18_100754_ General 1946-7_Vol_2
Agency: Department of War
Incident date: 12/30/47
Page 4
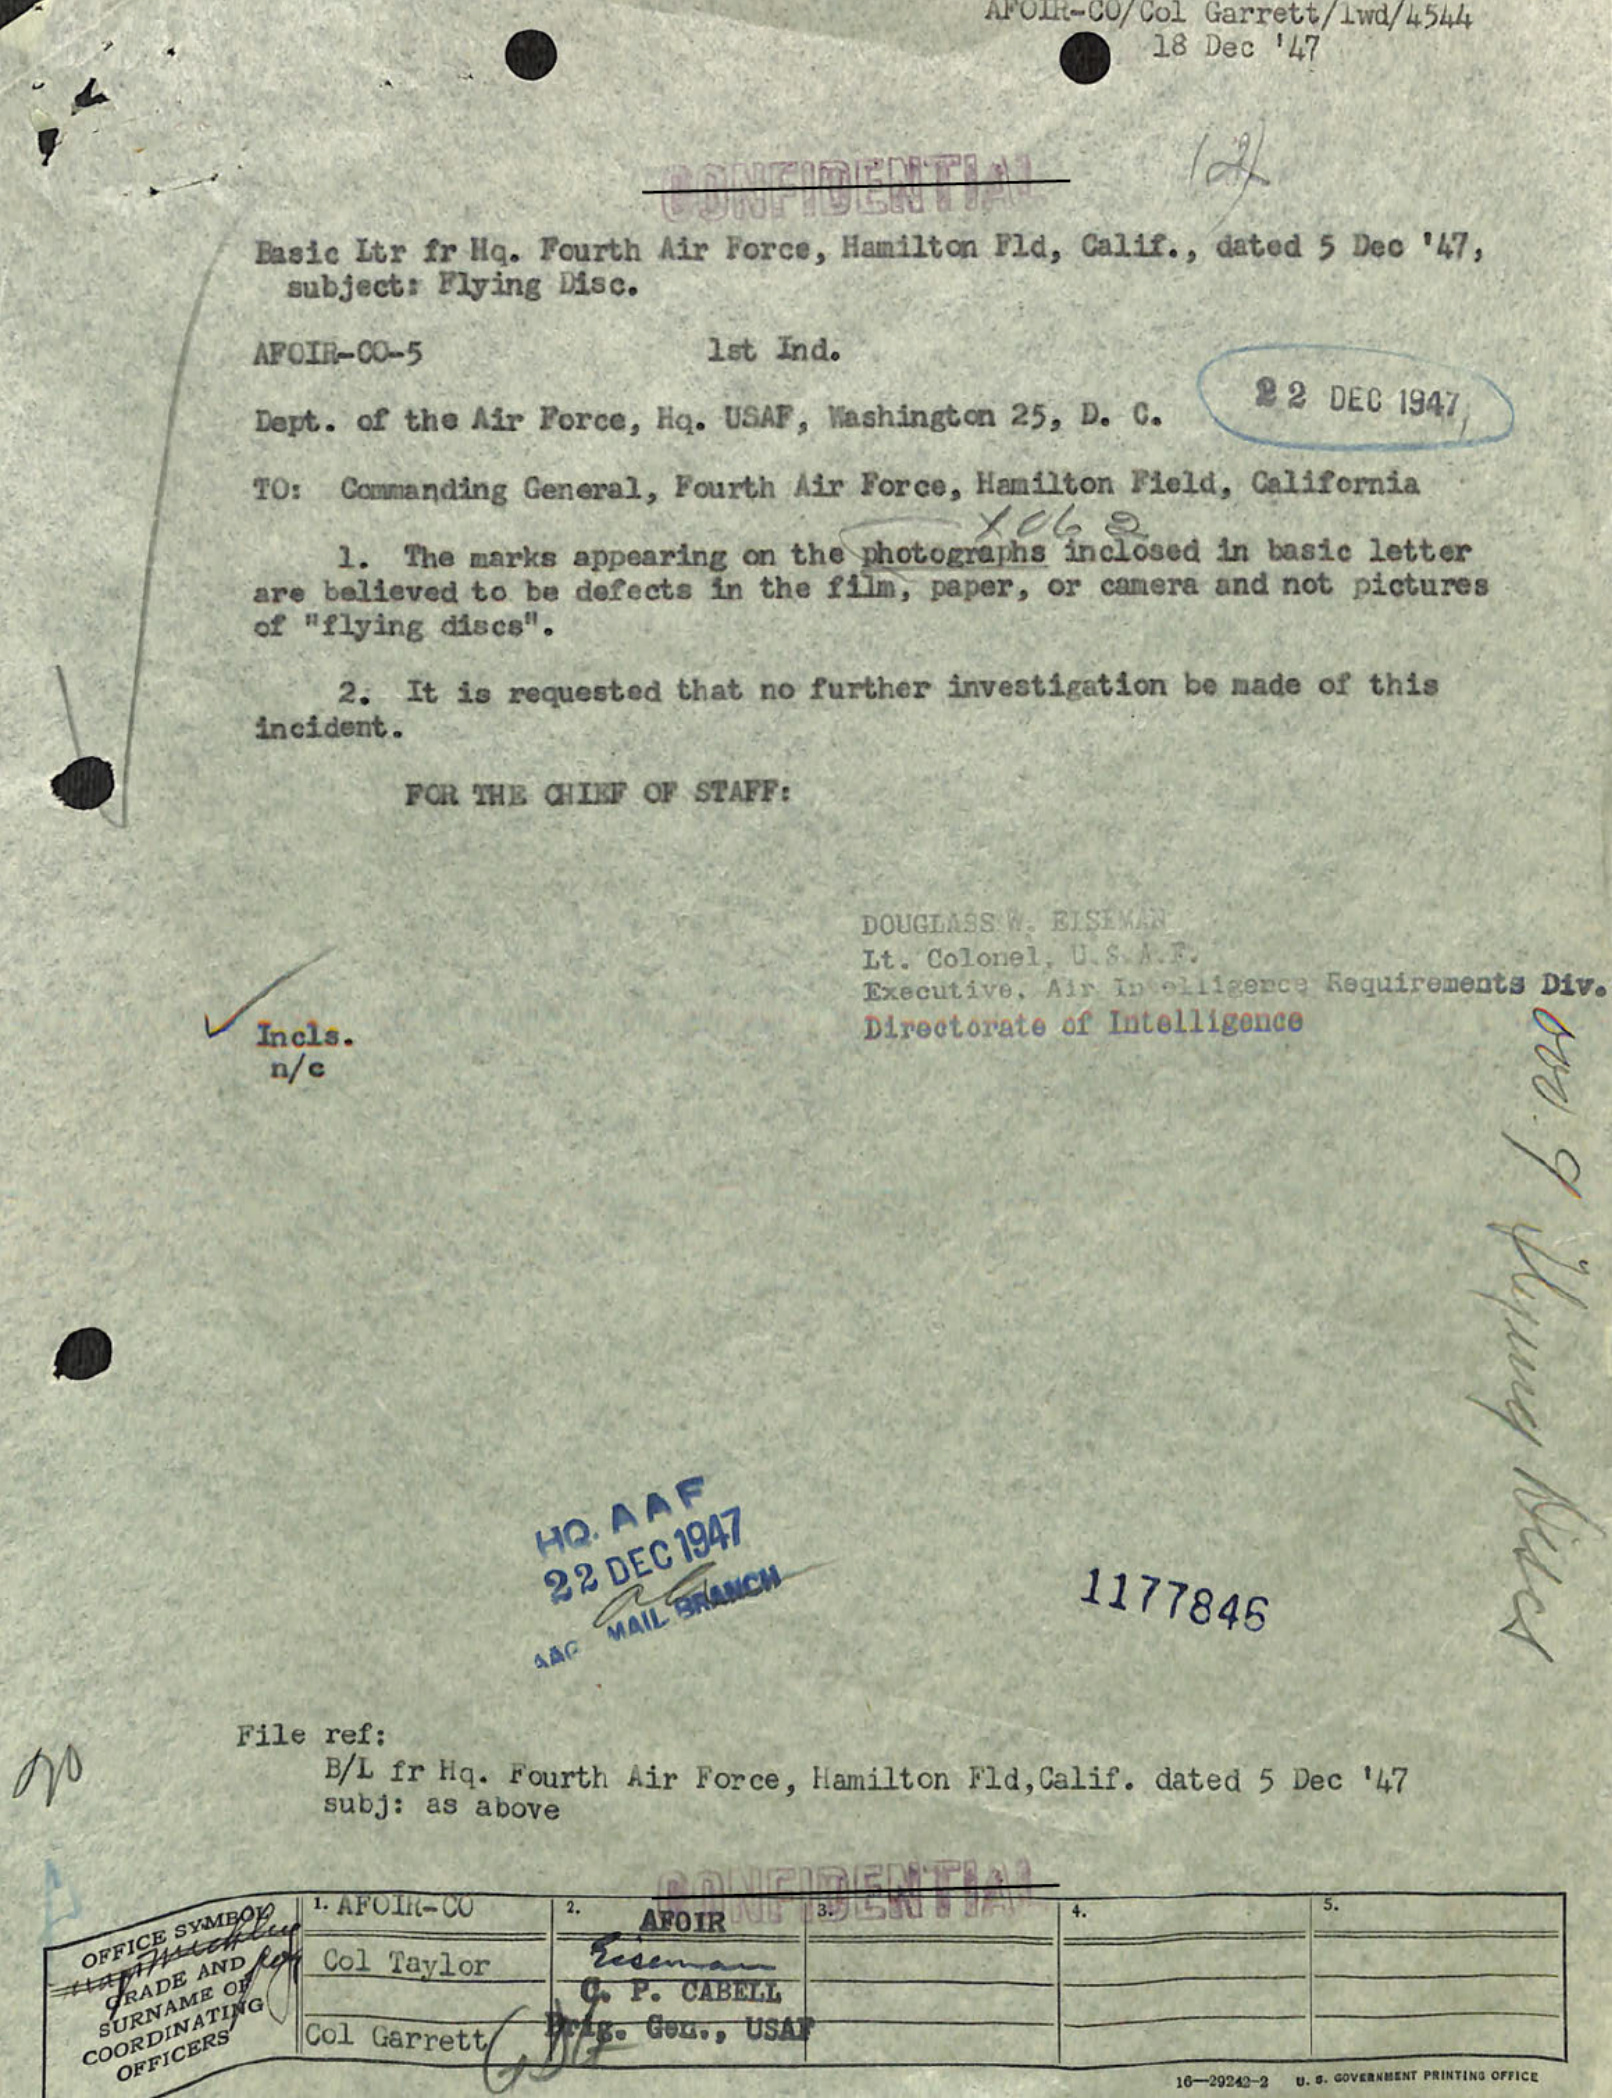